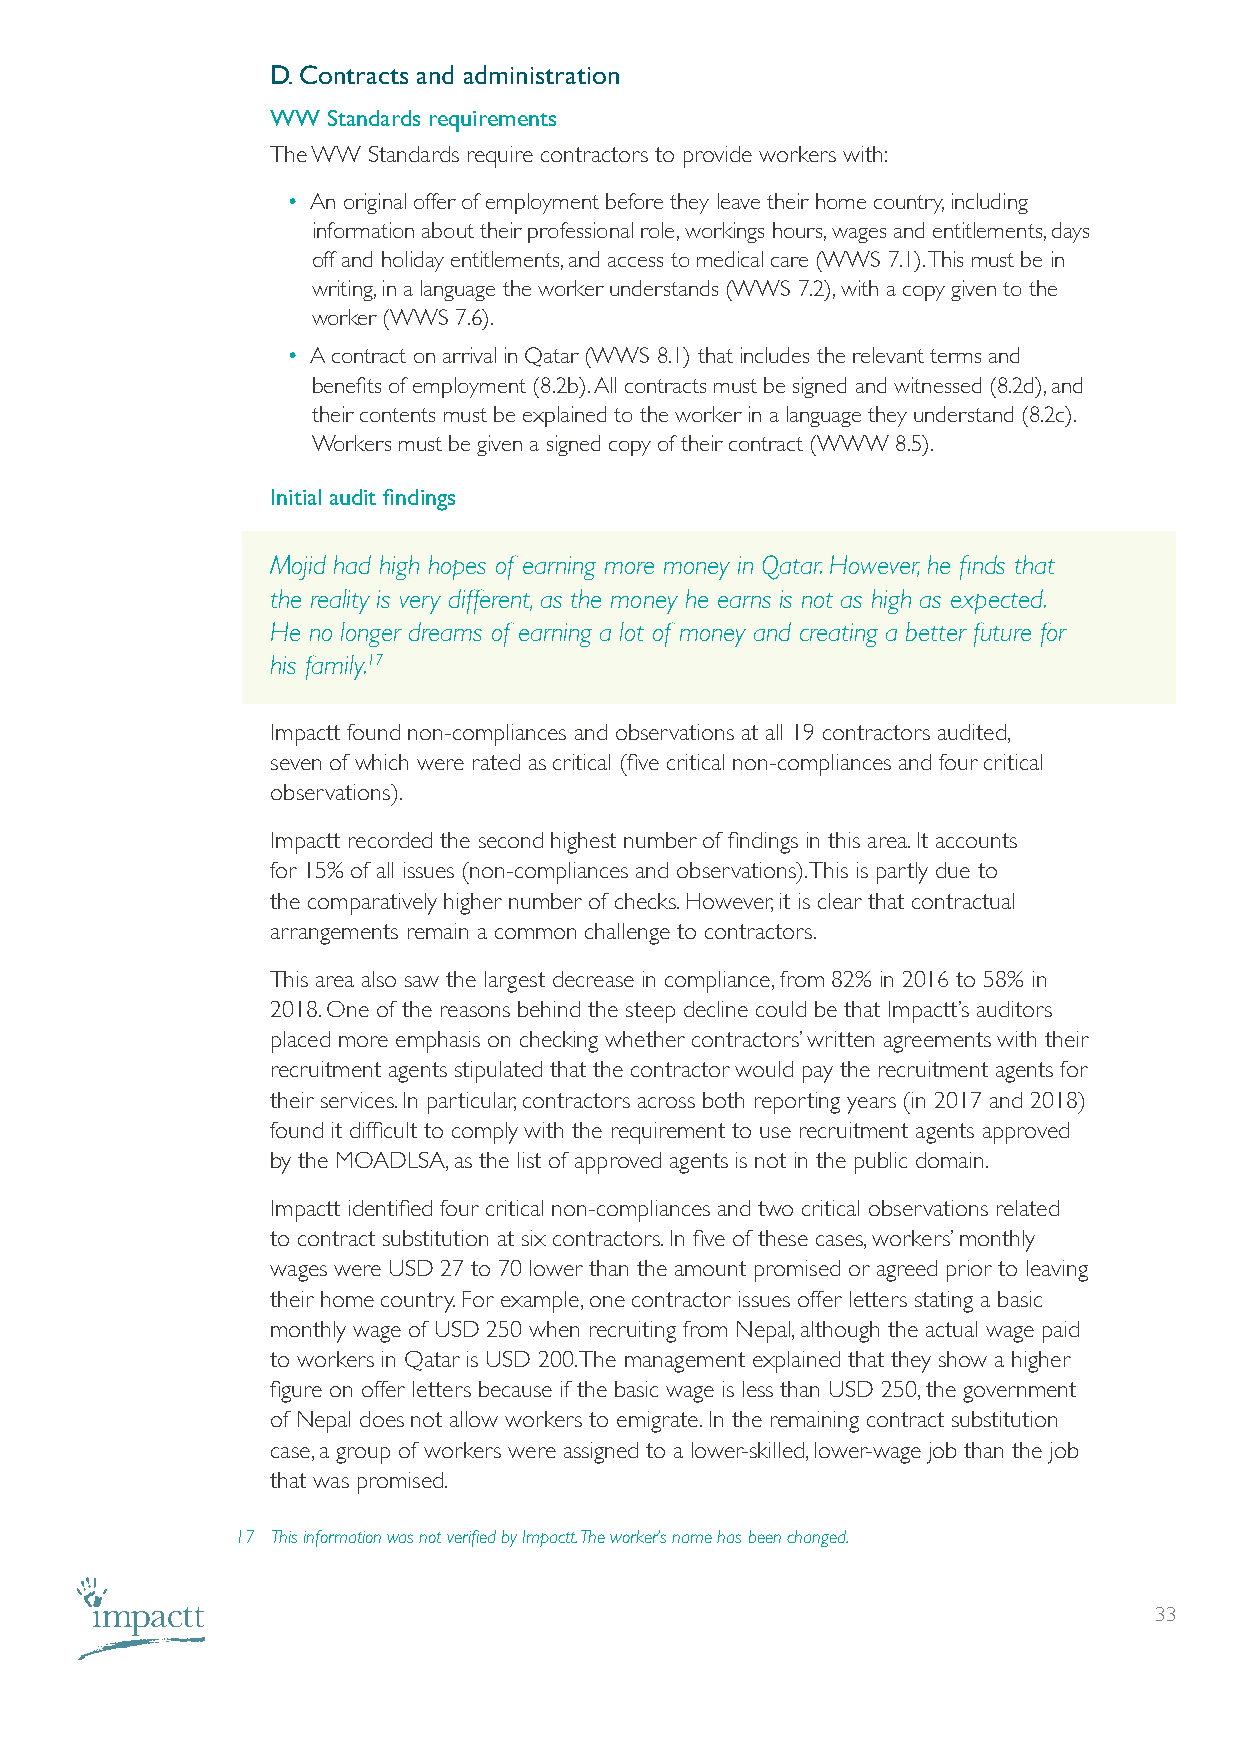
D. Contracts and administration
 WW  Standards requirements
 The WW Standards require contractors to provide workers with:
 • An original offer of employment before they leave their home country, including
 information about their professional role, workings hours, wages and entitlements, days
 off and holiday entitlements, and access to medical care (WWS 7.1). This must be in
 writing, in a language the worker understands (WWS 7.2), with a copy given to the
 worker (WWS 7.6).
 • A contract on arrival in Qatar (WWS 8.1) that includes the relevant terms and
 benefits of employment (8.2b). All contracts must be signed and witnessed (8.2d), and
 their contents must be explained to the worker in a language they understand (8.2c).
 Workers must be given a signed copy of their contract (WWW 8.5).
 Initial audit findings
 Mojid had high hopes of earning more money in Qatar. However, he finds that
 the reality is very different, as the money he earns is not as high as expected.
 He no longer dreams of earning a lot of money and creating a better future for
 his family.17
 Impactt found non-compliances and observations at all 19 contractors audited,
 seven of which were rated as critical (five critical non-compliances and four critical
 observations).
 Impactt recorded the second highest number of findings in this area. It accounts
 for 15% of all issues (non-compliances and observations). This is partly due to
 the comparatively higher number of checks. However, it is clear that contractual
 arrangements remain a common challenge to contractors.
 This area also saw the largest decrease in compliance, from 82% in 2016 to 58% in
 2018. One of the reasons behind the steep decline could be that Impactt’s auditors
 placed more emphasis on checking whether contractors’ written agreements with their
 recruitment agents stipulated that the contractor would pay the recruitment agents for
 their services. In particular, contractors across both reporting years (in 2017 and 2018)
 found it difficult to comply with the requirement to use recruitment agents approved
 by the MOADLSA, as the list of approved agents is not in the public domain.
 Impactt identified four critical non-compliances and two critical observations related
 to contract substitution at six contractors. In five of these cases, workers’ monthly
 wages were USD 27 to 70 lower than the amount promised or agreed prior to leaving
 their home country. For example, one contractor issues offer letters stating a basic
 monthly wage of USD 250 when recruiting from Nepal, although the actual wage paid
 to workers in Qatar is USD 200. The management explained that they show a higher
 figure on offer letters because if the basic wage is less than USD 250, the government
 of Nepal does not allow workers to emigrate. In the remaining contract substitution
 case, a group of workers were assigned to a lower-skilled, lower-wage job than the job
 that was promised.
 17 This information was not verified by Impactt. The worker’s name has been changed.
 33